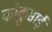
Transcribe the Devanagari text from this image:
कोकुसाई